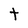
Character: t